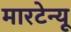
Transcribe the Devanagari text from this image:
मारटेन्यू